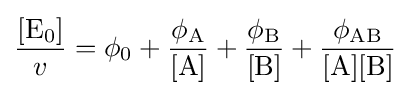
{\frac {[\mathrm {E_{0}} ]}{v}}=\phi _{0}+{\frac {\phi _{\mathrm {A} }}{[\mathrm {A} ]}}+{\frac {\phi _{\mathrm {B} }}{[\mathrm {B} ]}}+{\frac {\phi _{\mathrm {AB} }}{[\mathrm {A} ][\mathrm {B} ]}}